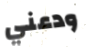
ودعني